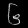
Digit: ၆